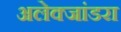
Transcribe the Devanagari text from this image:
अलेक्जांडरा